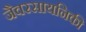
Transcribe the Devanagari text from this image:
जैवरसायनिकी